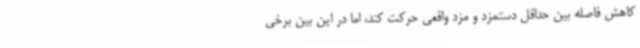
کاهش فاصله بین حداقل دستمزد و مزد واقعی حرکت کند، اما در این بین برخی